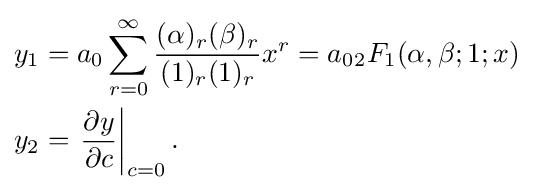
{\begin{aligned}y_{1}&=a_{0}\sum _{r=0}^{\infty }{\frac {(\alpha )_{r}(\beta )_{r}}{(1)_{r}(1)_{r}}}x^{r}=a_{0}{{}_{2}F_{1}}(\alpha ,\beta ;1;x)\\y_{2}&=\left.{\frac {\partial y}{\partial c}}\right|_{c=0}.\end{aligned}}